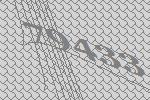
79433